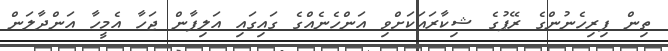
ތިން ފިރިހެނުންގެ ރޭޕުގެ ޝިކާރައަކަށްވި އަންހެނެއްގެ ގައިގައި އަލިފާން ޖަހާ އެމީހާ އަންދާލަން